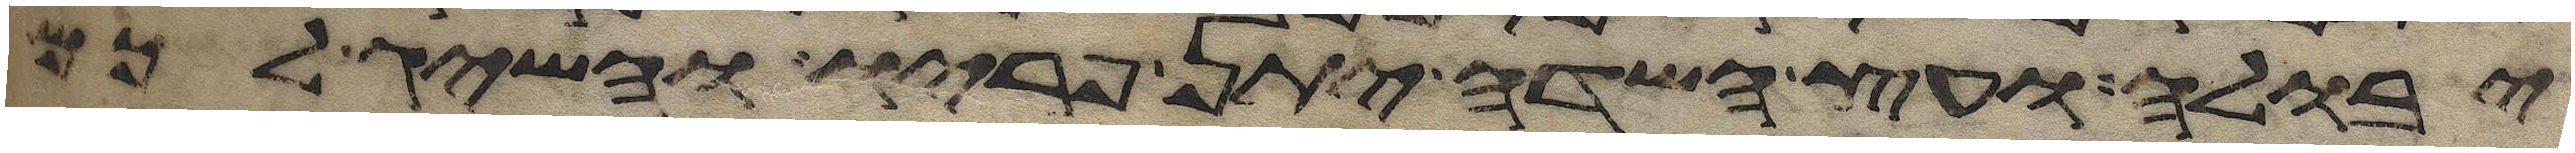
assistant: יבולה ועץ השדה יתן פריו והשיג לכם